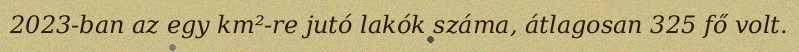
2023-ban az egy km²-re jutó lakók száma, átlagosan 325 fő volt.